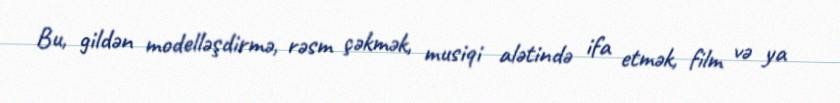
Bu, gildən modelləşdirmə, rəsm çəkmək, musiqi alətində ifa etmək, film və ya